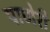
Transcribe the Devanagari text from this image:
पाणेरी